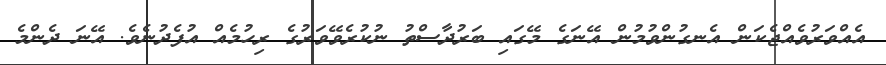
އެއްވަރުވެއްޖެކަން އެނގުންވުމުން އޭނަގެ މޭގައި ބަރުދާސްތު ނުކުރެވޭވަރުގެ ރިހުމެއް އުފެދުނެވެ. އޭނަ ދެންމެ